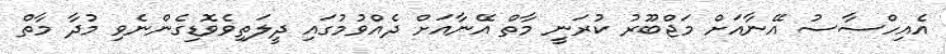
އެއިހްސާސު އޭނާއަށް މަޖްބޫރު ކުރަނީ މާތް އޭނާއަށް ދެއްވުމުގައި ދީލަތިވެވޮޑިގެންނެވި މުދާ މާތް